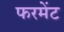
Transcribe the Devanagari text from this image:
फरमेंट